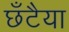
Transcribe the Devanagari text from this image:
छँटैया